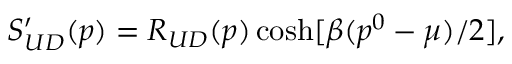
S _ { U D } ^ { \prime } ( p ) = R _ { U D } ( p ) \cosh [ \beta ( p ^ { 0 } - \mu ) / 2 ] ,